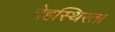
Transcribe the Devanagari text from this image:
देहस्थिरता